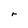
Character: r